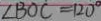
\angle B O C = 1 2 0 ^ { \circ }